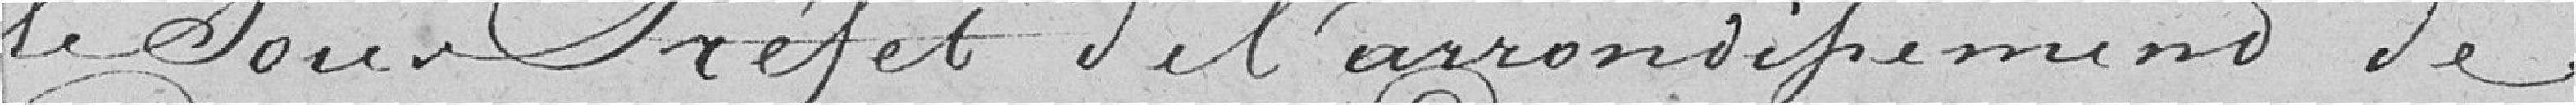
le sous-préfet de l'arrondissement de